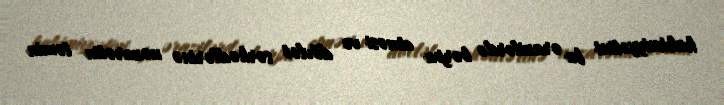
hakimiyyətini bu ərazilərdə bərpa etməsi və dövlət sərhədlərinə nəzarətin təmin